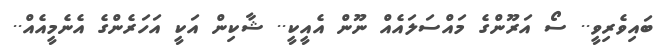
ބައިވެރިވީ.. ސޯ އަރޫންގެ މައްސަލައެއް ނޫން އެއީކީ.. ޝާކިން އަކީ އަހަރެންގެ އެނެމީއެއް..